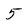
Character: 5